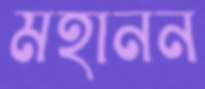
মহানন